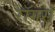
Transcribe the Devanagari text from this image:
रॉगर्स